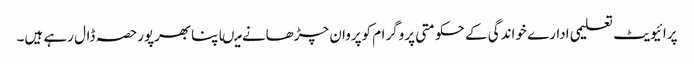
پرائیویٹ تعلیمی ادارے خواندگی کے حکومتی پروگرام کوپروان چڑھانے میںاپنابھرپورحصہ ڈال رہے ہیں۔